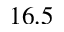
1 6 . 5